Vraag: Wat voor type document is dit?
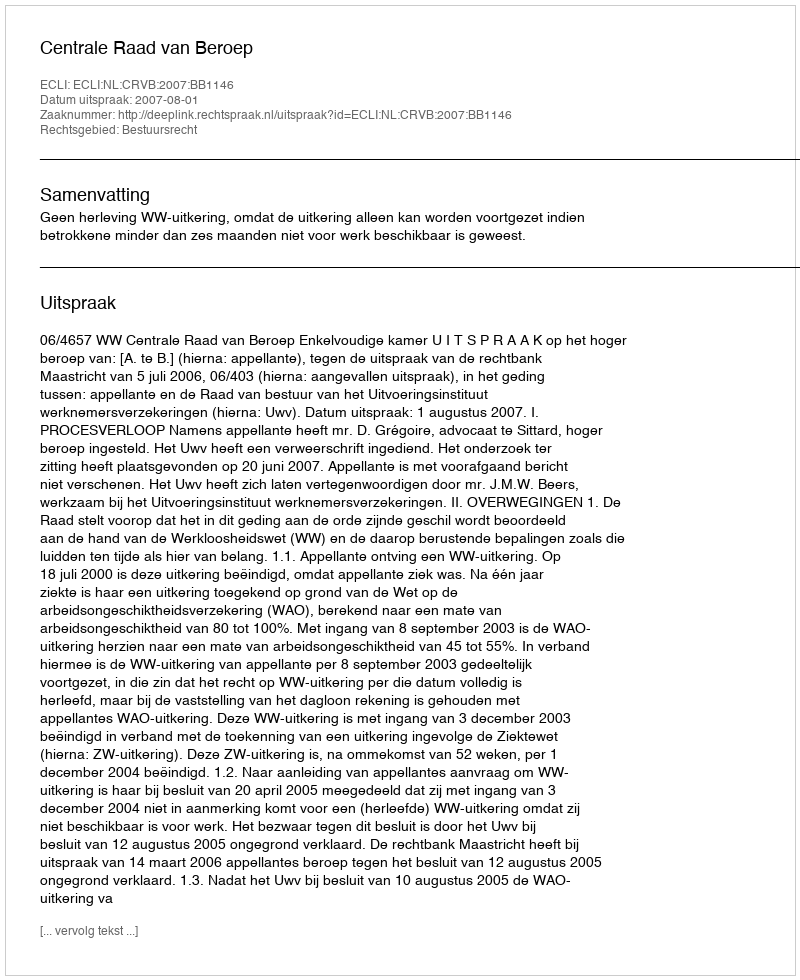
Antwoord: Uitspraak